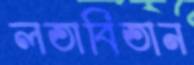
লতাবিতান